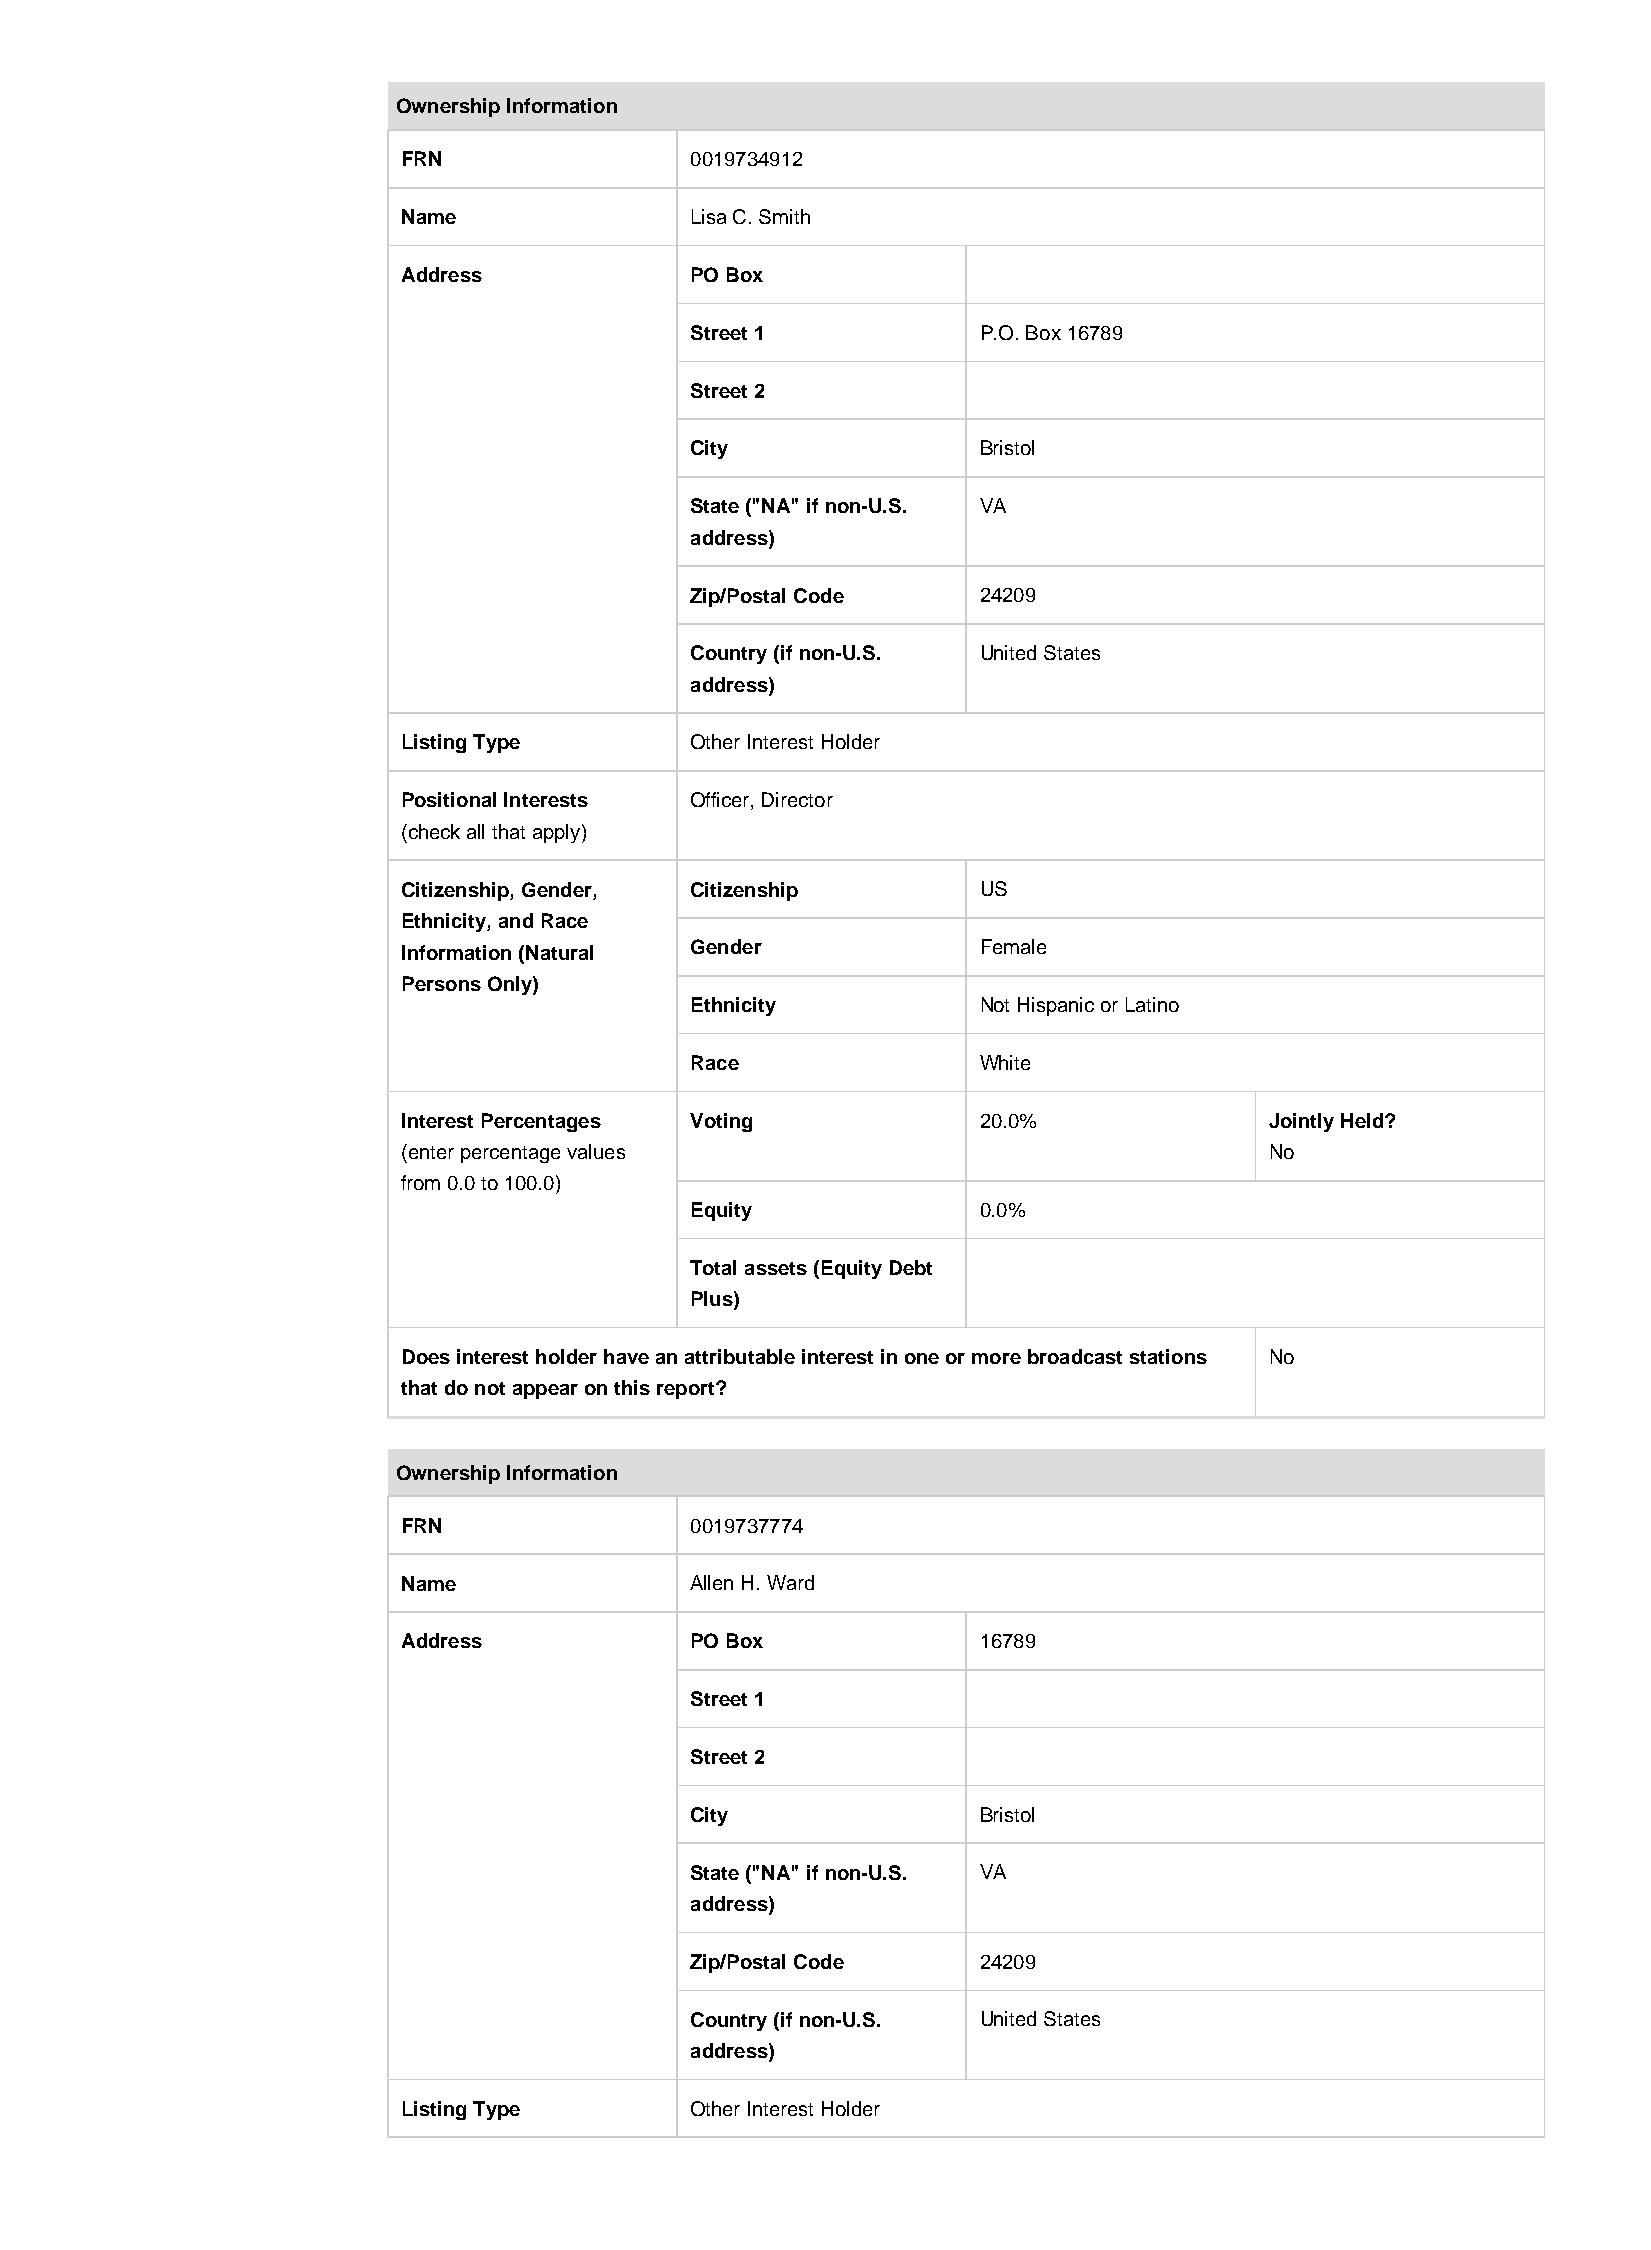
Ownership Information
 FRN                0019734912
 Name               Lisa C. Smith
 Address            PO Box
 Street 1           P.O. Box 16789
 Street 2
 City               Bristol
 State ("NA" if non-U.S. VA
 address)
 Zip/Postal Code    24209
 Country (if non-U.S. United States
 address)
 Listing Type       Other Interest Holder
 Positional Interests Officer, Director
 (check all that apply)
 Citizenship, Gender, Citizenship      US
 Ethnicity, and Race
 Information (Natural Gender           Female
 Persons Only)
 Ethnicity          Not Hispanic or Latino
 Race               White
 Interest Percentages Voting           20.0%              Jointly Held?
 (enter percentage values                                 No
 from 0.0 to 100.0)
 Equity             0.0%
 Total assets (Equity Debt
 Plus)
 Does interest holder have an attributable interest in one or more broadcast stations No
 that do not appear on this report?
 Ownership Information
 FRN                0019737774
 Name               Allen H. Ward
 Address            PO Box             16789
 Street 1
 Street 2
 City               Bristol
 State ("NA" if non-U.S. VA
 address)
 Zip/Postal Code    24209
 Country (if non-U.S. United States
 address)
 Listing Type       Other Interest Holder